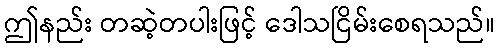
ဤနည်း တဆဲ့တပါးဖြင့် ဒေါသငြိမ်းစေရသည်။